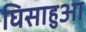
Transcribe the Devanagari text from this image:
घिसाहुआ